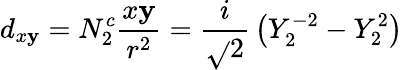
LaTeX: d_{x\mathbf{y}}=N_{2}^{c}{\frac{{x\mathbf{y}}}{{r^{2}}}}={\frac{{i}}{{\sqrt{}{{2}}}}}\left(Y_{2}^{-2}-Y_{2}^{2}\right)